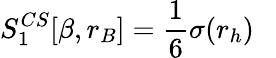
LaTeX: S_{1}^{CS}[\beta,r_{B}]=\frac 16\sigma(r_{h})~~~